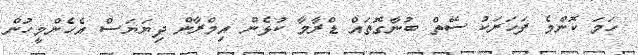
ހަމަ ކޮންމެ ފަހަރަކު ސޭތް ބުނާގޮތައް ޑްރާމާ ކުޅެން އިމްރާން ދިޔަޔަސް އެހެންމީހުން